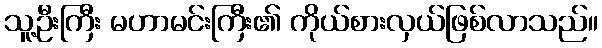
သူ့ဦးကြီး မဟာမင်းကြီး၏ ကိုယ်စားလှယ်ဖြစ်လာသည်။